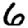
Digit: 6